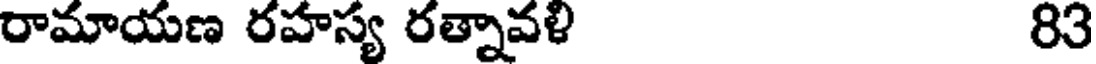
రామాయణ రహస్య రత్నావళి 83